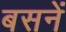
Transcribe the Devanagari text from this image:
बसनें